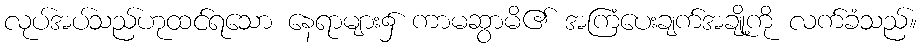
လုပ်အပ်သည်ဟုထင်ရသော နေရာများ၌ ကာမဆွာမိ၏ အကြံပေးချက်အချို့ကို လက်ခံသည်။